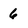
Character: 6